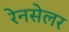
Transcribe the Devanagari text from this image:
रेनसेलर